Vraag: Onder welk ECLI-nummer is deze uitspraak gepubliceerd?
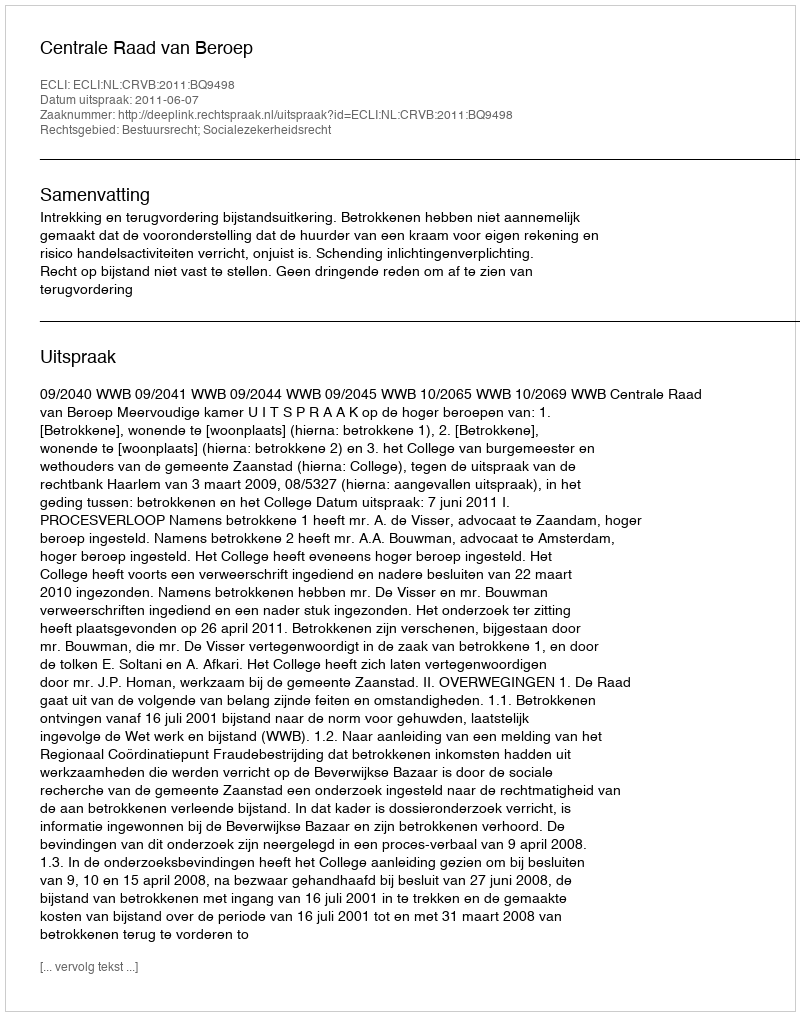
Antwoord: ECLI:NL:CRVB:2011:BQ9498